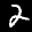
Label: 2